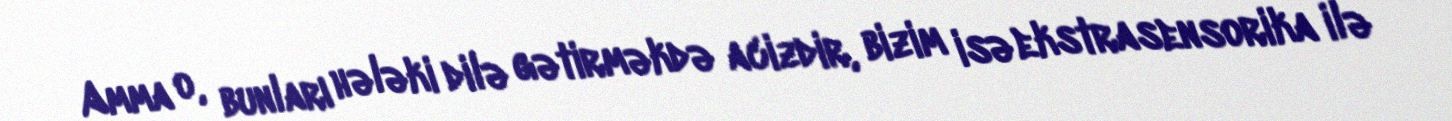
Amma o, bunları hələki dilə gətirməkdə acizdir, bizim isə ekstrasensorika ilə